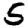
Digit: 5